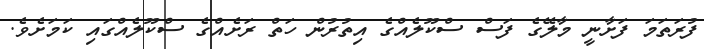
ފުރަތަމަ ފަށާނީ މާލޭގެ ފަސް ސްކޫލެއްގެ އިތުރުން ހަތް ރަށެއްގެ ސްކޫލެއްގައި ކަމަށެވެ.